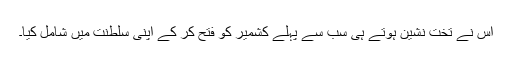
اس نے تخت نشین ہوتے ہی سب سے پہلے کشمیر کو فتح کر کے اپنی سلطنت میں شامل کیا۔